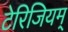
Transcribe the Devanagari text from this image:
टेरिजियम्